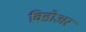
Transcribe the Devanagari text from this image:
विडोअर